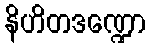
နိဟိတဒဏ္ဍော